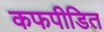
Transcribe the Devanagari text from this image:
कफपीडित